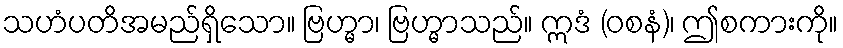
သဟံပတိအမည်ရှိသော။ ဗြဟ္မာ၊ ဗြဟ္မာသည်။ ဣဒံ (ဝစနံ)၊ ဤစကားကို။